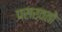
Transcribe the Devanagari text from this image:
पसरवतो